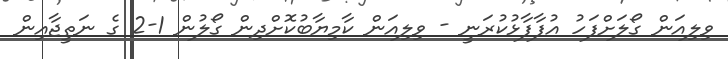
ވިލިއަން ގޯލަށްފަހު އުފާފާޅުކުރަނީ - ވިލިއަން ކާމިޔާބުކޮށްދިން ގޯލުން 1-2 ގެ ނަތީޖާއިން